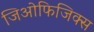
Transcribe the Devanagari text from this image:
जिओफिजिक्स